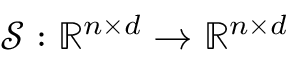
\mathcal { S } : \mathbb { R } ^ { n \times d } \rightarrow \mathbb { R } ^ { n \times d }